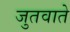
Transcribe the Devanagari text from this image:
जुतवाते